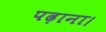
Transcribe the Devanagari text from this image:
पढ़ाना।